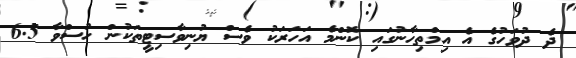
ދެ ދުވަހުގެ އެ އިމްތިހާނުގައި ކޮންމެ އަހަރަކު ވެސް ޔުނިވާސިޓީތަކުން ހުސްވާ 6.5